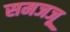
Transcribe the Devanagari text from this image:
समजजू